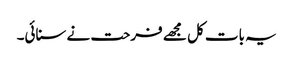
یہ بات کل مجھے فرحت نے سنائی۔